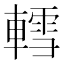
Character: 轌